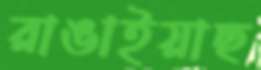
রাঙাইয়াছ